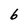
Character: b